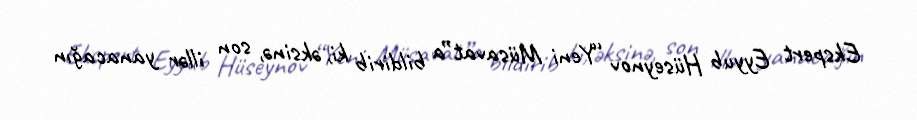
Ekspert Eyyub Hüseynov “Yeni Müsavat”a bildirib ki, əksinə, son illər yanacağın